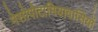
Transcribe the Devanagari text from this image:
मेसोपोटामियावासियों